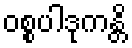
ဝစ္စပါဒုကန္တိ